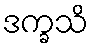
ဒက္ခသိ